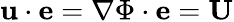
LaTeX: \mathbf{u}\cdot\mathbf{e}=\nabla{\Phi}\cdot\mathbf{e}=\mathbf{U}